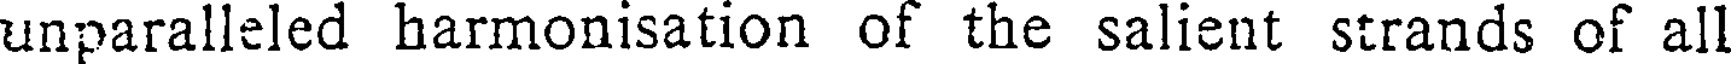
unparalleled harmonisation of the salient strands of all